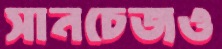
সানচেজও